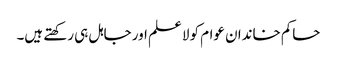
حاکم خاندان عوام کو لاعلم اور جاہل ہی رکھتے ہیں۔